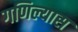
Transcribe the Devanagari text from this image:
गणिल्यास